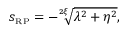
s _ { \scriptscriptstyle { \mathrm { R P } } } = - \sqrt [ 2 \xi ] { \lambda ^ { 2 } + \eta ^ { 2 } } ,